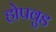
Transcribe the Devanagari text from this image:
होपवुड